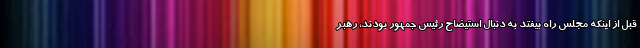
قبل از اینکه مجلس راه بیفتد به دنبال استیضاح رئیس جمهور بودند، رهبر